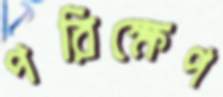
পরিক্ষেপ